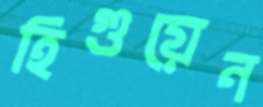
হিগুয়েন